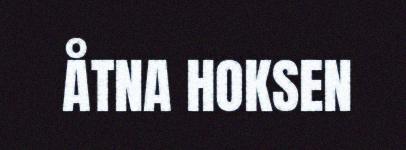
ÅTNA HOKSEN